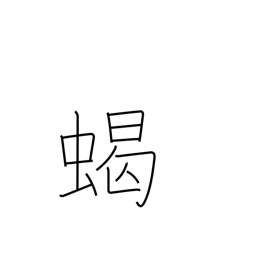
Meaning: scorpion